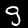
Label: 9